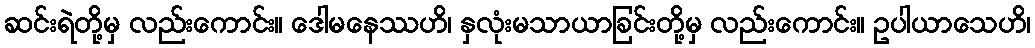
ဆင်းရဲတို့မှ လည်းကောင်း။ ဒေါမနေဿဟိ၊ နှလုံးမသာယာခြင်းတို့မှ လည်းကောင်း။ ဥပါယာသေဟိ၊